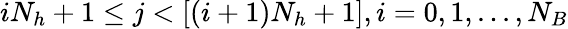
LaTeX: iN_{h}+1\le j<[(i+1)N_{h}+1],i=0,1,...,N_{B}